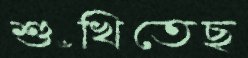
শুঁখিতেছ